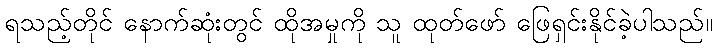
ရသည့်တိုင် နောက်ဆုံးတွင် ထိုအမှုကို သူ ထုတ်ဖော် ဖြေရှင်းနိုင်ခဲ့ပါသည်။